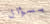
بسؤال